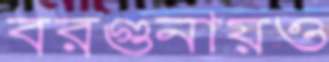
বরগুনায়ও